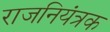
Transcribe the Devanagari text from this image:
राजनियंत्रक